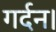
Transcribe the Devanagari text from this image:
गर्दन।